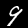
Digit: 9